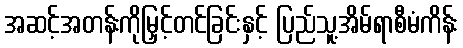
အဆင့်အတန်းကိုမြှင့်တင်ခြင်းနှင့် ပြည်သူ့အိမ်ရာစီမံကိန်း